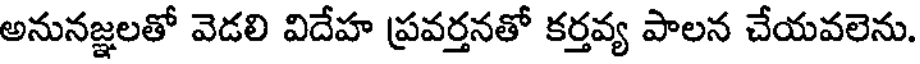
అనునజ్ఞలతో వెడలి విదేహ ప్రవర్తనతో కర్తవ్య పాలన చేయవలెను.